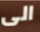
الى